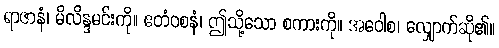
ရာဇာနံ၊ မိလိန္ဒမင်းကို။ ဧတံဝစနံ၊ ဤသို့သော စကားကို။ အဝေါစ၊ လျှောက်ဆို၏။